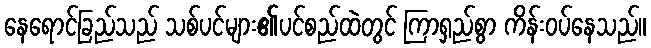
နေရောင်ခြည်သည် သစ်ပင်များ၏ပင်စည်ထဲတွင် ကြာရှည်စွာ ကိန်းဝပ်နေသည်။